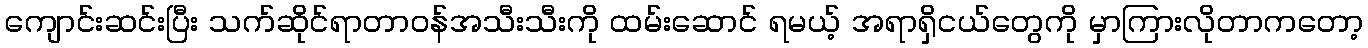
ကျောင်းဆင်းပြီး သက်ဆိုင်ရာတာဝန်အသီးသီးကို ထမ်းဆောင် ရမယ့် အရာရှိငယ်တွေကို မှာကြားလိုတာကတော့